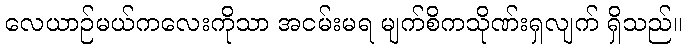
လေယာဉ်မယ်ကလေးကိုသာ အငမ်းမရ မျက်စိကသိုဏ်းရှလျက် ရှိသည်။